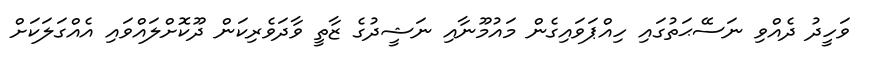
ވަހީދު ދެއްވި ނަސޭޙަތުގައި ހިއްޕަވައިގެން މައުމޫނާއި ނަޝީދުގެ ޒާތީ ވާދަވެރިކަން ދޫކޮށްލައްވައި އެއްގަލަކަށް